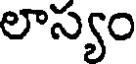
లాస్యం